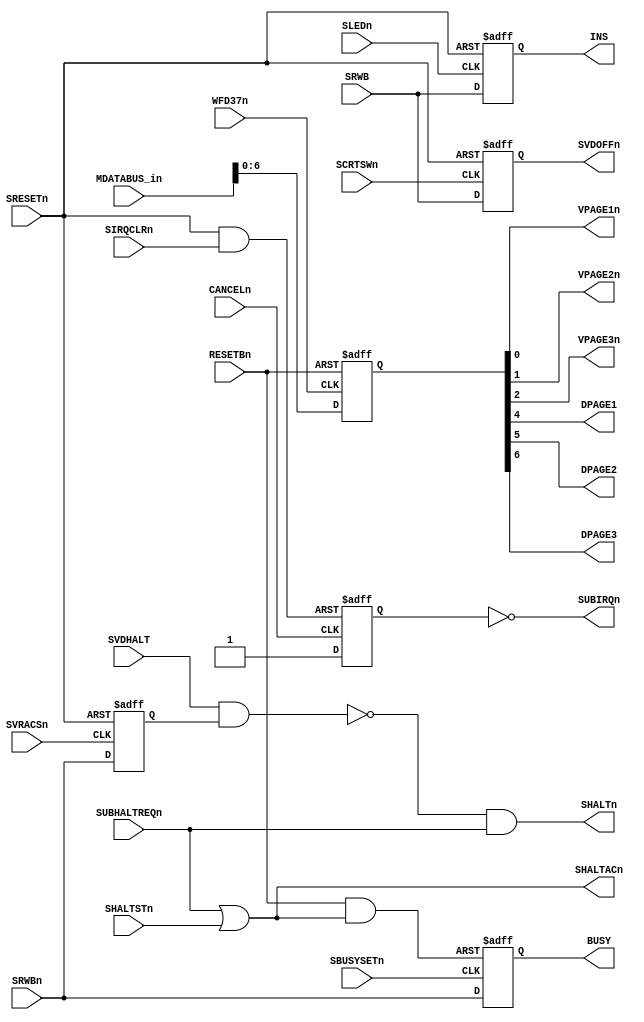

// Page 12 on schematics.

module FLAGS(
  input SRWB,
  input SCRTSWn,
  input SRESETn,
  input SLEDn,
  input CANCELn,
  input SIRQCLRn,
  input [7:0] MDATABUS_in,
  input RESETBn,
  input WFD37n,
  input SRWBn,
  input SVDHALT,
  input SVRACSn,
  input SUBHALTREQn,
  input SBUSYSETn,
  input SHALTSTn,
  output SHALTn,
  output SVDOFFn,
  output SUBIRQn,
  output BUSY,
  output SHALTACn,
  output VPAGE1n,
  output VPAGE2n,
  output VPAGE3n,
  output DPAGE1,
  output DPAGE2,
  output DPAGE3,
  output INS
);

reg m56_5;
reg m56_9;
reg m45;
reg m44_5;
reg m44_8;
reg [7:0] m46;


assign SVDOFFn = m56_5;
assign INS = m56_9;

wire s0 = ~SRESETn;
always @(posedge SCRTSWn, posedge s0)
  if (s0) m56_5 <= 1'b1;
  else m56_5 <= SRWB;

always @(posedge SLEDn, posedge s0)
  if (s0) m56_9 <= 1'b1;
  else m56_9 <= SRWB;

wire s1 = ~(SRESETn & SIRQCLRn);
always @(posedge CANCELn, posedge s1)
  if (s1) m45 <= 1'b0;
  else m45 <= 1'b1;

wire s2 = ~SRESETn;
always @(posedge SVRACSn or posedge s2)
  if (s2) m44_5 <= 1'b1;
  else m44_5 <= SRWBn;

assign SHALTn = ~(SVDHALT & m44_5) & SUBHALTREQn;
assign SHALTACn = SUBHALTREQn | SHALTSTn;

wire s3 = RESETBn & SHALTACn;
always @(negedge SBUSYSETn or negedge s3)
  if (~s3) m44_8 <= 1'b0;
  else m44_8 <= SRWBn;

wire s4 = ~RESETBn;
always @(posedge WFD37n or posedge s4)
  if (s4) m46 <= 8'h0;
  else m46 <= MDATABUS_in;

assign BUSY = m44_8;
assign SUBIRQn = ~m45;
assign VPAGE1n = m46[0]; // CPU access
assign VPAGE2n = m46[1]; // CPU access
assign VPAGE3n = m46[2]; // CPU access
assign DPAGE1  = m46[4]; // Display 0 = enable color layer
assign DPAGE2  = m46[5]; // Display
assign DPAGE3  = m46[6]; // Display

endmodule